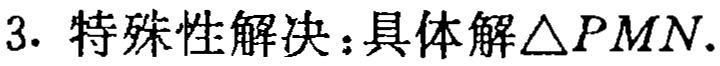
3. 特殊性解决：具体解$\triangle PMN$.